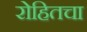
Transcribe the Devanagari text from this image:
रोहितचा